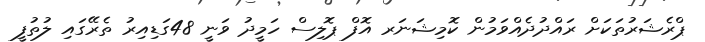
ޕްރެޝަރުތަކަށް ރައްދުދެއްވަމުން ކޮމިޝަނަރ އޮފް ޕޮލިސް ހަމީދު ވަނީ 48ގަޑިއިރު ތެރޭގައި ލުތުފީ